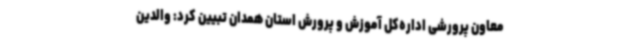
معاون پرورشی اداره‌کل آموزش و پرورش استان همدان تبیین کرد: والدین